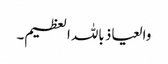
والعیاذ باللہ العظیم۔